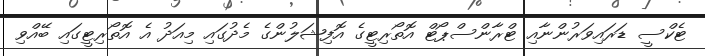
ޓެކްސީ ޑަރައިވަރުންނާއި ޓްރާންސްޕޯޓް އޮތޯރިޓީގެ އޮފިޝަލުންގެ މެދުގައި މިއަދު އެ އޮތޯރިޓީގައި ބޭއްވި